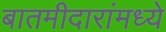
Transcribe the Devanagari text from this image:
बातमीदारांमध्ये